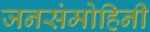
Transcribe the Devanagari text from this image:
जनसंमोहिनी